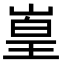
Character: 𪩅